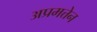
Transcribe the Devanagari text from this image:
अप्रमत्तेन